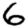
Digit: 6